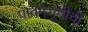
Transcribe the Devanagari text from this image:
पावनभूमीची